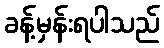
ခန့်မှန်းရပါသည်